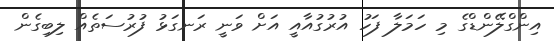
އިންގްލޭންޑްގެ މި ހަމަލާ ފަހު އުރުގުއާއީ އަށް ވަނީ ރަނގަޅު ފުރުސަތެއް ލިބިގެން